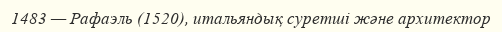
1483 — Рафаэль (1520), итальяндық суретші және архитектор